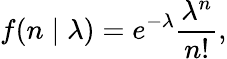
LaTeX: f(n\mid\lambda)=e^{-\lambda}{\frac{\lambda^{n}}{n!}},